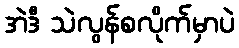
အဲဒီ သဲလွန်စလိုက်မှာပဲ